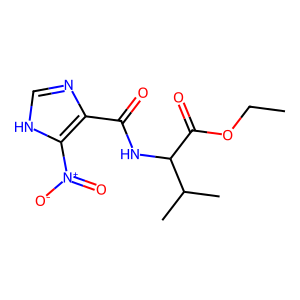
SMILES: CCOC(=O)C(NC(=O)c1nc[nH]c1[N+](=O)[O-])C(C)C
Inhibits HIV replication: No